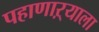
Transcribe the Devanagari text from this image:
पहाणाऱ्याला